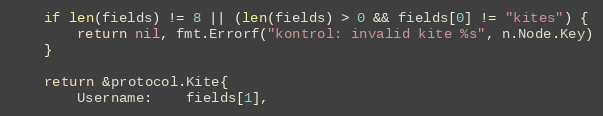
Language: Go
	if len(fields) != 8 || (len(fields) > 0 && fields[0] != "kites") {
		return nil, fmt.Errorf("kontrol: invalid kite %s", n.Node.Key)
	}

	return &protocol.Kite{
		Username:    fields[1],